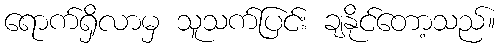
ရောက်ရှိလာမှ သူသက်ပြင်း ချနိုင်တော့သည်။